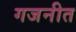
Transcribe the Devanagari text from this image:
गजनीत